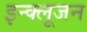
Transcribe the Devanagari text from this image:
इन्क्लूजन